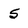
Character: 5